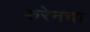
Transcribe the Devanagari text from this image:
रुरेनचा